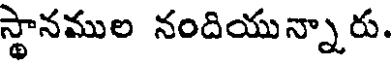
స్థానముల నందియున్నారు.